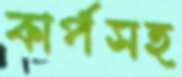
কার্পসহ